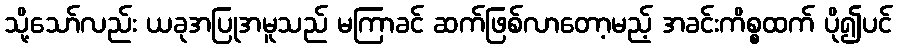
သို့သော်လည်း ယခုအပြုအမူသည် မကြာခင် ဆက်ဖြစ်လာတော့မည့် အခင်းကိစ္စထက် ပို၍ပင်